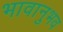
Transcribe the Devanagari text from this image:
भावानुभव